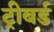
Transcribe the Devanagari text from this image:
ट्रीबर्ड